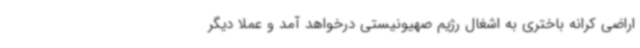
اراضی کرانه باختری به اشغال رژیم صهیونیستی درخواهد آمد و عملا دیگر